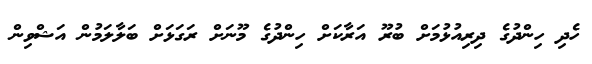
ހެދި ހިންދުގެ ދިރިއުޅުމަށް ބުރޫ އަރާކަށް ހިންދުގެ މޫނަށް ރަގަޅަށް ބަލާލަމުން އަޝްވިން